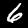
Digit: 6